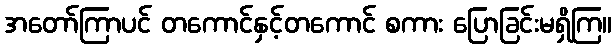
အတော်ကြာပင် တကောင်နှင့်တကောင် စကား ပြောခြင်းမရှိကြ။